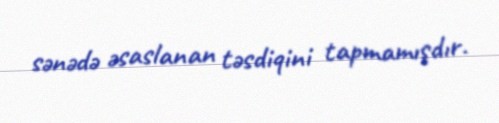
sənədə əsaslanan təsdiqini tapmamışdır.